Subject: eess
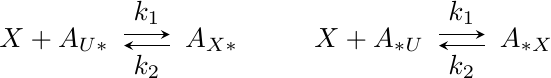
LaTeX code:
\begin{tikzpicture}[scale=1.0, baseline=(current  bounding  box.center)]
\node (XpAu1) at (-8,0) {$X + A_{U\ast}$};
\node (Ax1) at (-6,0) {$A_{X\ast}$};
\node (XpAu2) at (-4, 0)    {$X + A_{\ast U}$};
\node (Ax2) at (-2,0)    {$A_{\ast X}$};
\draw[arrows={-stealth},transform canvas={yshift=2pt}, shorten <=0.2em, shorten >=0.2em] (XpAu1) to node[above] {$k_1$} (Ax1);
\draw[arrows={-stealth},transform canvas={yshift=-2pt}, shorten <=0.2em, shorten >=0.2em] (Ax1) to node[below] {$k_2$} (XpAu1);
\draw[arrows={-stealth},transform canvas={yshift=2pt}, shorten <=0.2em, shorten >=0.2em] (XpAu2) to node[above] {$k_1$} (Ax2);
\draw[arrows={-stealth},transform canvas={yshift=-2pt}, shorten <=0.2em, shorten >=0.2em] (Ax2) to node[below] {$k_2$} (XpAu2);
\end{tikzpicture}